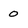
Character: 0